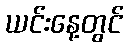
ယင်းနေ့တွင်